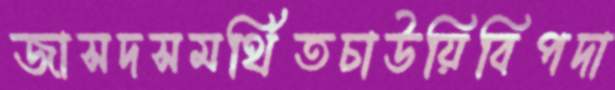
জাসদসমর্থিতচাউয়িবিপদা